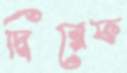
দ্বিরেফ